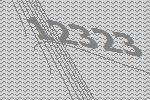
12323